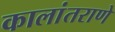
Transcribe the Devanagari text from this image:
कालांतराणे